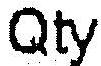
QTY